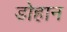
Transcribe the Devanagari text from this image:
डोहान